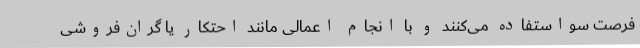
فرصت سواستفاده می‌کنند و با انجام اعمالی مانند احتکار یا گران‌فروشی